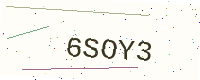
Text: 6SOY3